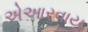
એઆરવાય